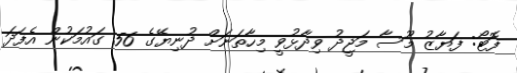
ފޮޓޯ: ފަޔާޒު މޫސާ މަޖީދު ވިދާޅުވީ މިހާތަނަށް ދުނިޔޭގެ 56 ގައުމަކުން އެފަދަ